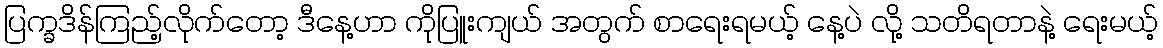
ပြက္ခဒိန်ကြည့်လိုက်တော့ ဒီနေ့ဟာ ကိုပြူးကျယ် အတွက် စာရေးရမယ့် နေ့ပဲ လို့ သတိရတာနဲ့ ရေးမယ့်